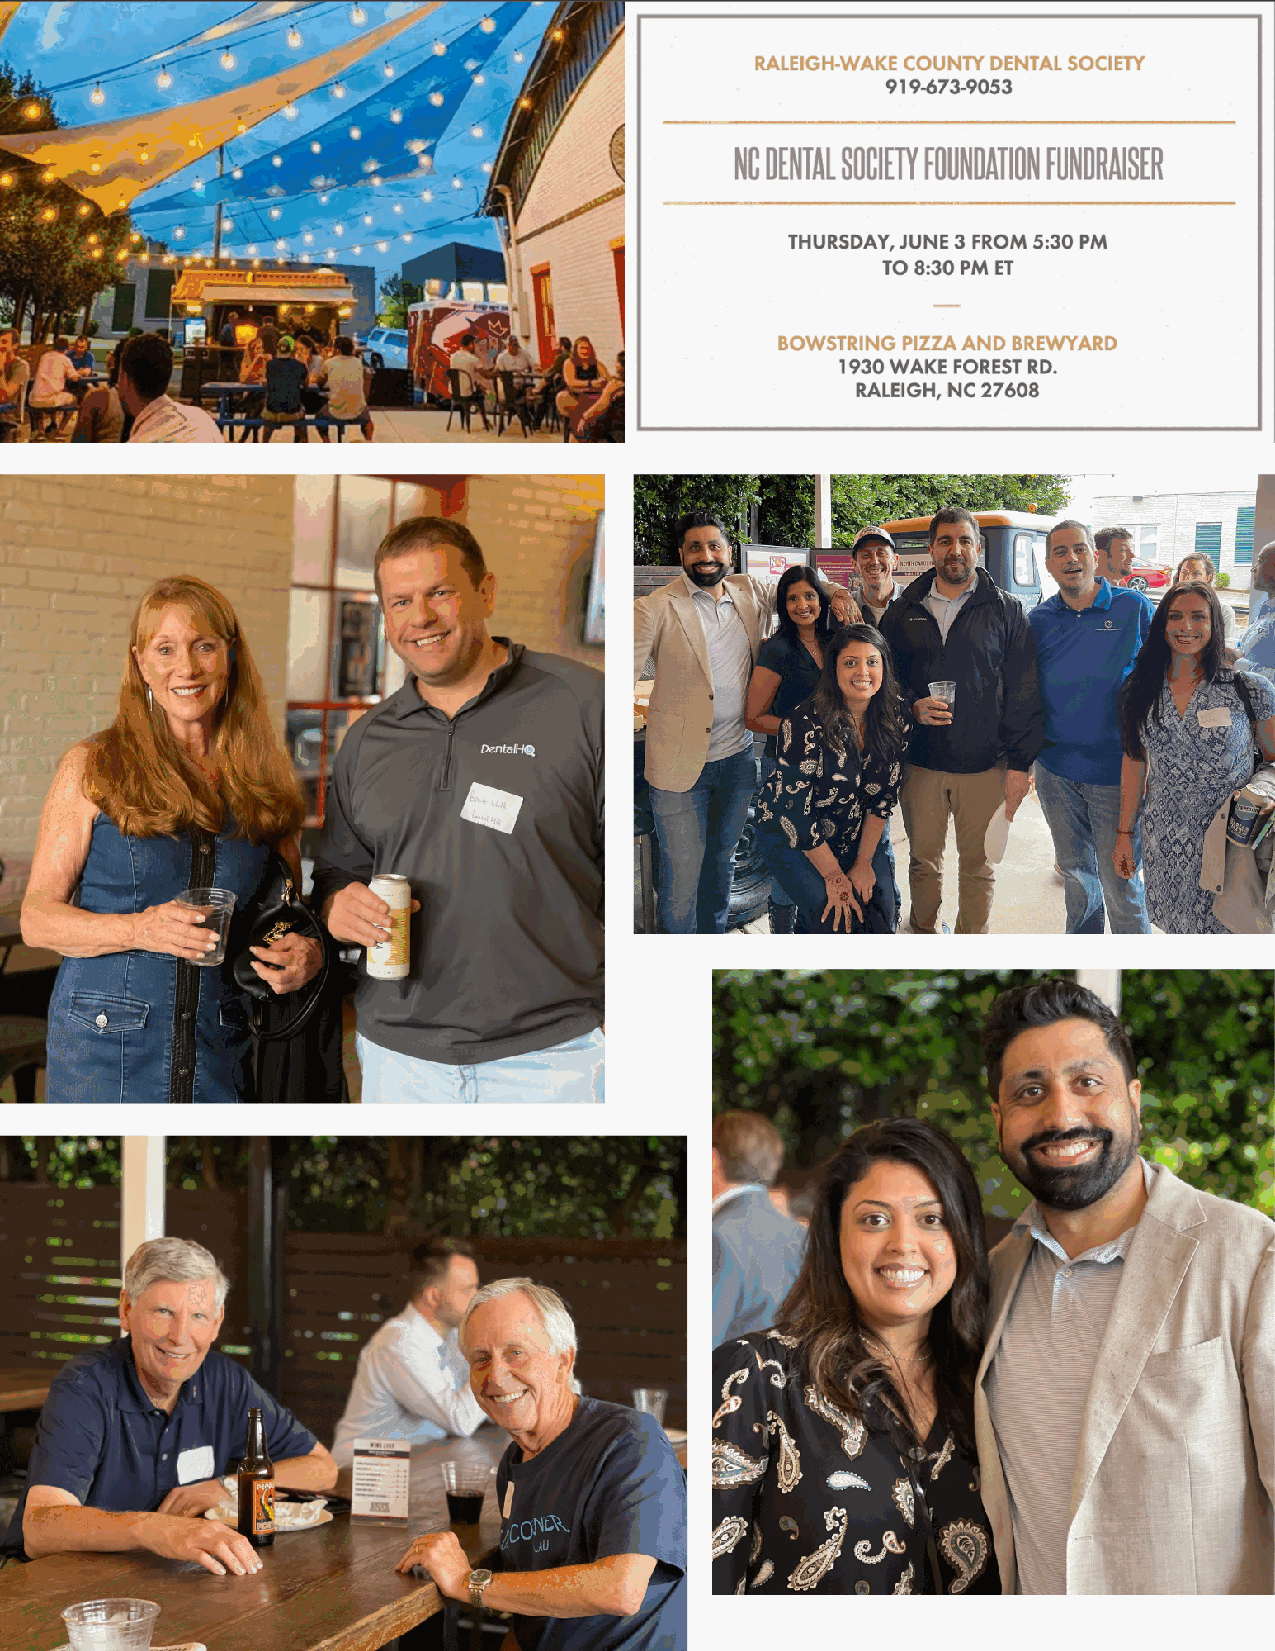
RWCDS Newsletter                                                       FALL 2021
 www.RWCDS.org                                                              Page 8